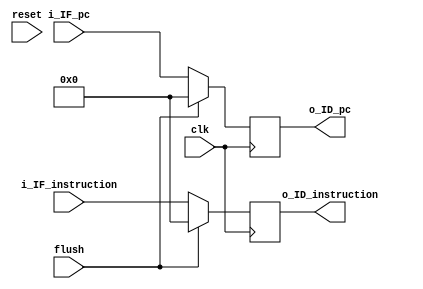
module  IF_ID   #
                (
                    parameter DW = 32,
                    parameter AW = 32
                )
                (
                    input                   clk,
                    input                   reset,
                    input                   flush, //如果为高电平，则清空本寄存器
                    input       [AW-1:0]    i_IF_pc,
                    input       [DW-1:0]    i_IF_instruction,
                    output  reg [AW-1:0]    o_ID_pc,
                    output  reg [DW-1:0]    o_ID_instruction
                );

always @(posedge clk) begin
        if(flush) begin
            o_ID_instruction <= 0;
            o_ID_pc <= 0;
        end
        else begin
            o_ID_instruction <= i_IF_instruction;
            o_ID_pc <= i_IF_pc;
        end 
end
endmodule